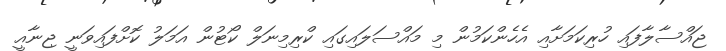
ޖައްސާލާފައި ހުރިކަމަށާއި އެހެންކަމުން މި މައްސަލައިގައި ކްރިމިނަލް ކޯޓުން އަމަލު ކޮށްފައިވަނީ ޖިނާއީ